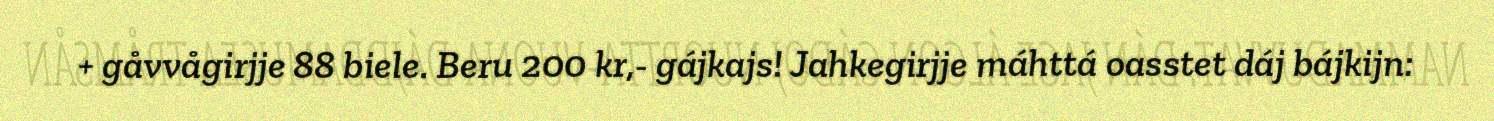
+ gåvvågirjje 88 biele. Beru 200 kr,- gájkajs! Jahkegirjje máhttá oasstet dáj bájkijn: